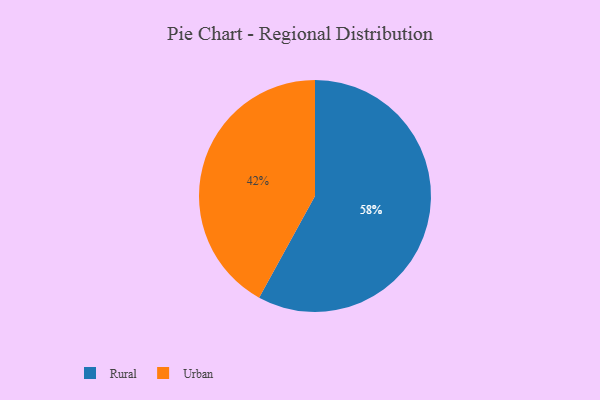
{"axis": {"x": "Category", "y": "Percentage"}, "legend": ["Rural", "Urban"], "data": [{"x": "Urban", "y": 42, "type": "Urban"}, {"x": "Rural", "y": 58, "type": "Rural"}]}